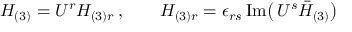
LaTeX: { \cal H } _ { ( 3 ) } = { \cal U } ^ { r } H _ { ( 3 ) r } \, , \qquad H _ { ( 3 ) r } = \epsilon _ { r s } \, \mathrm { I m } \big ( \, { \cal U } ^ { s } \bar { { \cal H } } _ { ( 3 ) } \big )